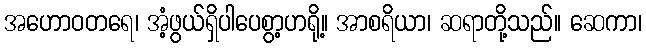
အဟောဝတရေ၊ အံ့ဖွယ်ရှိပါပေစွာ့ဟရို့။ အာစရိယာ၊ ဆရာတို့သည်။ ဆေကာ၊